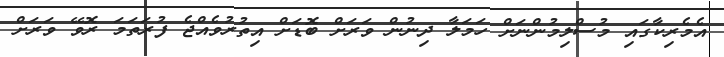
އެމެރިކާގައި މުސްލިމުންނަށް ހަމަލާ ދިނުން ވަރަށް ބޮޑަށް އިތުރުވެއްޖެ ފުރަތަމަ ރޮވޭ ވަރަށް